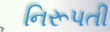
નિરૂપતી